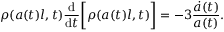
\rho ( a ( t ) l , t ) \frac { \mathrm { d } } { \mathrm { d } t } \bigg [ \rho ( a ( t ) l , t ) \bigg ] = - 3 \frac { \dot { a } ( t ) } { a ( t ) } .